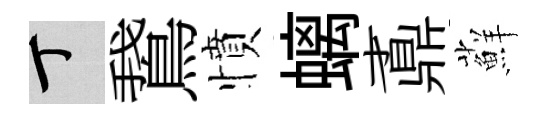
丁鵞憤螭鼒蘚